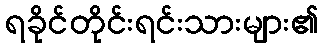
ရခိုင်တိုင်းရင်းသားများ၏